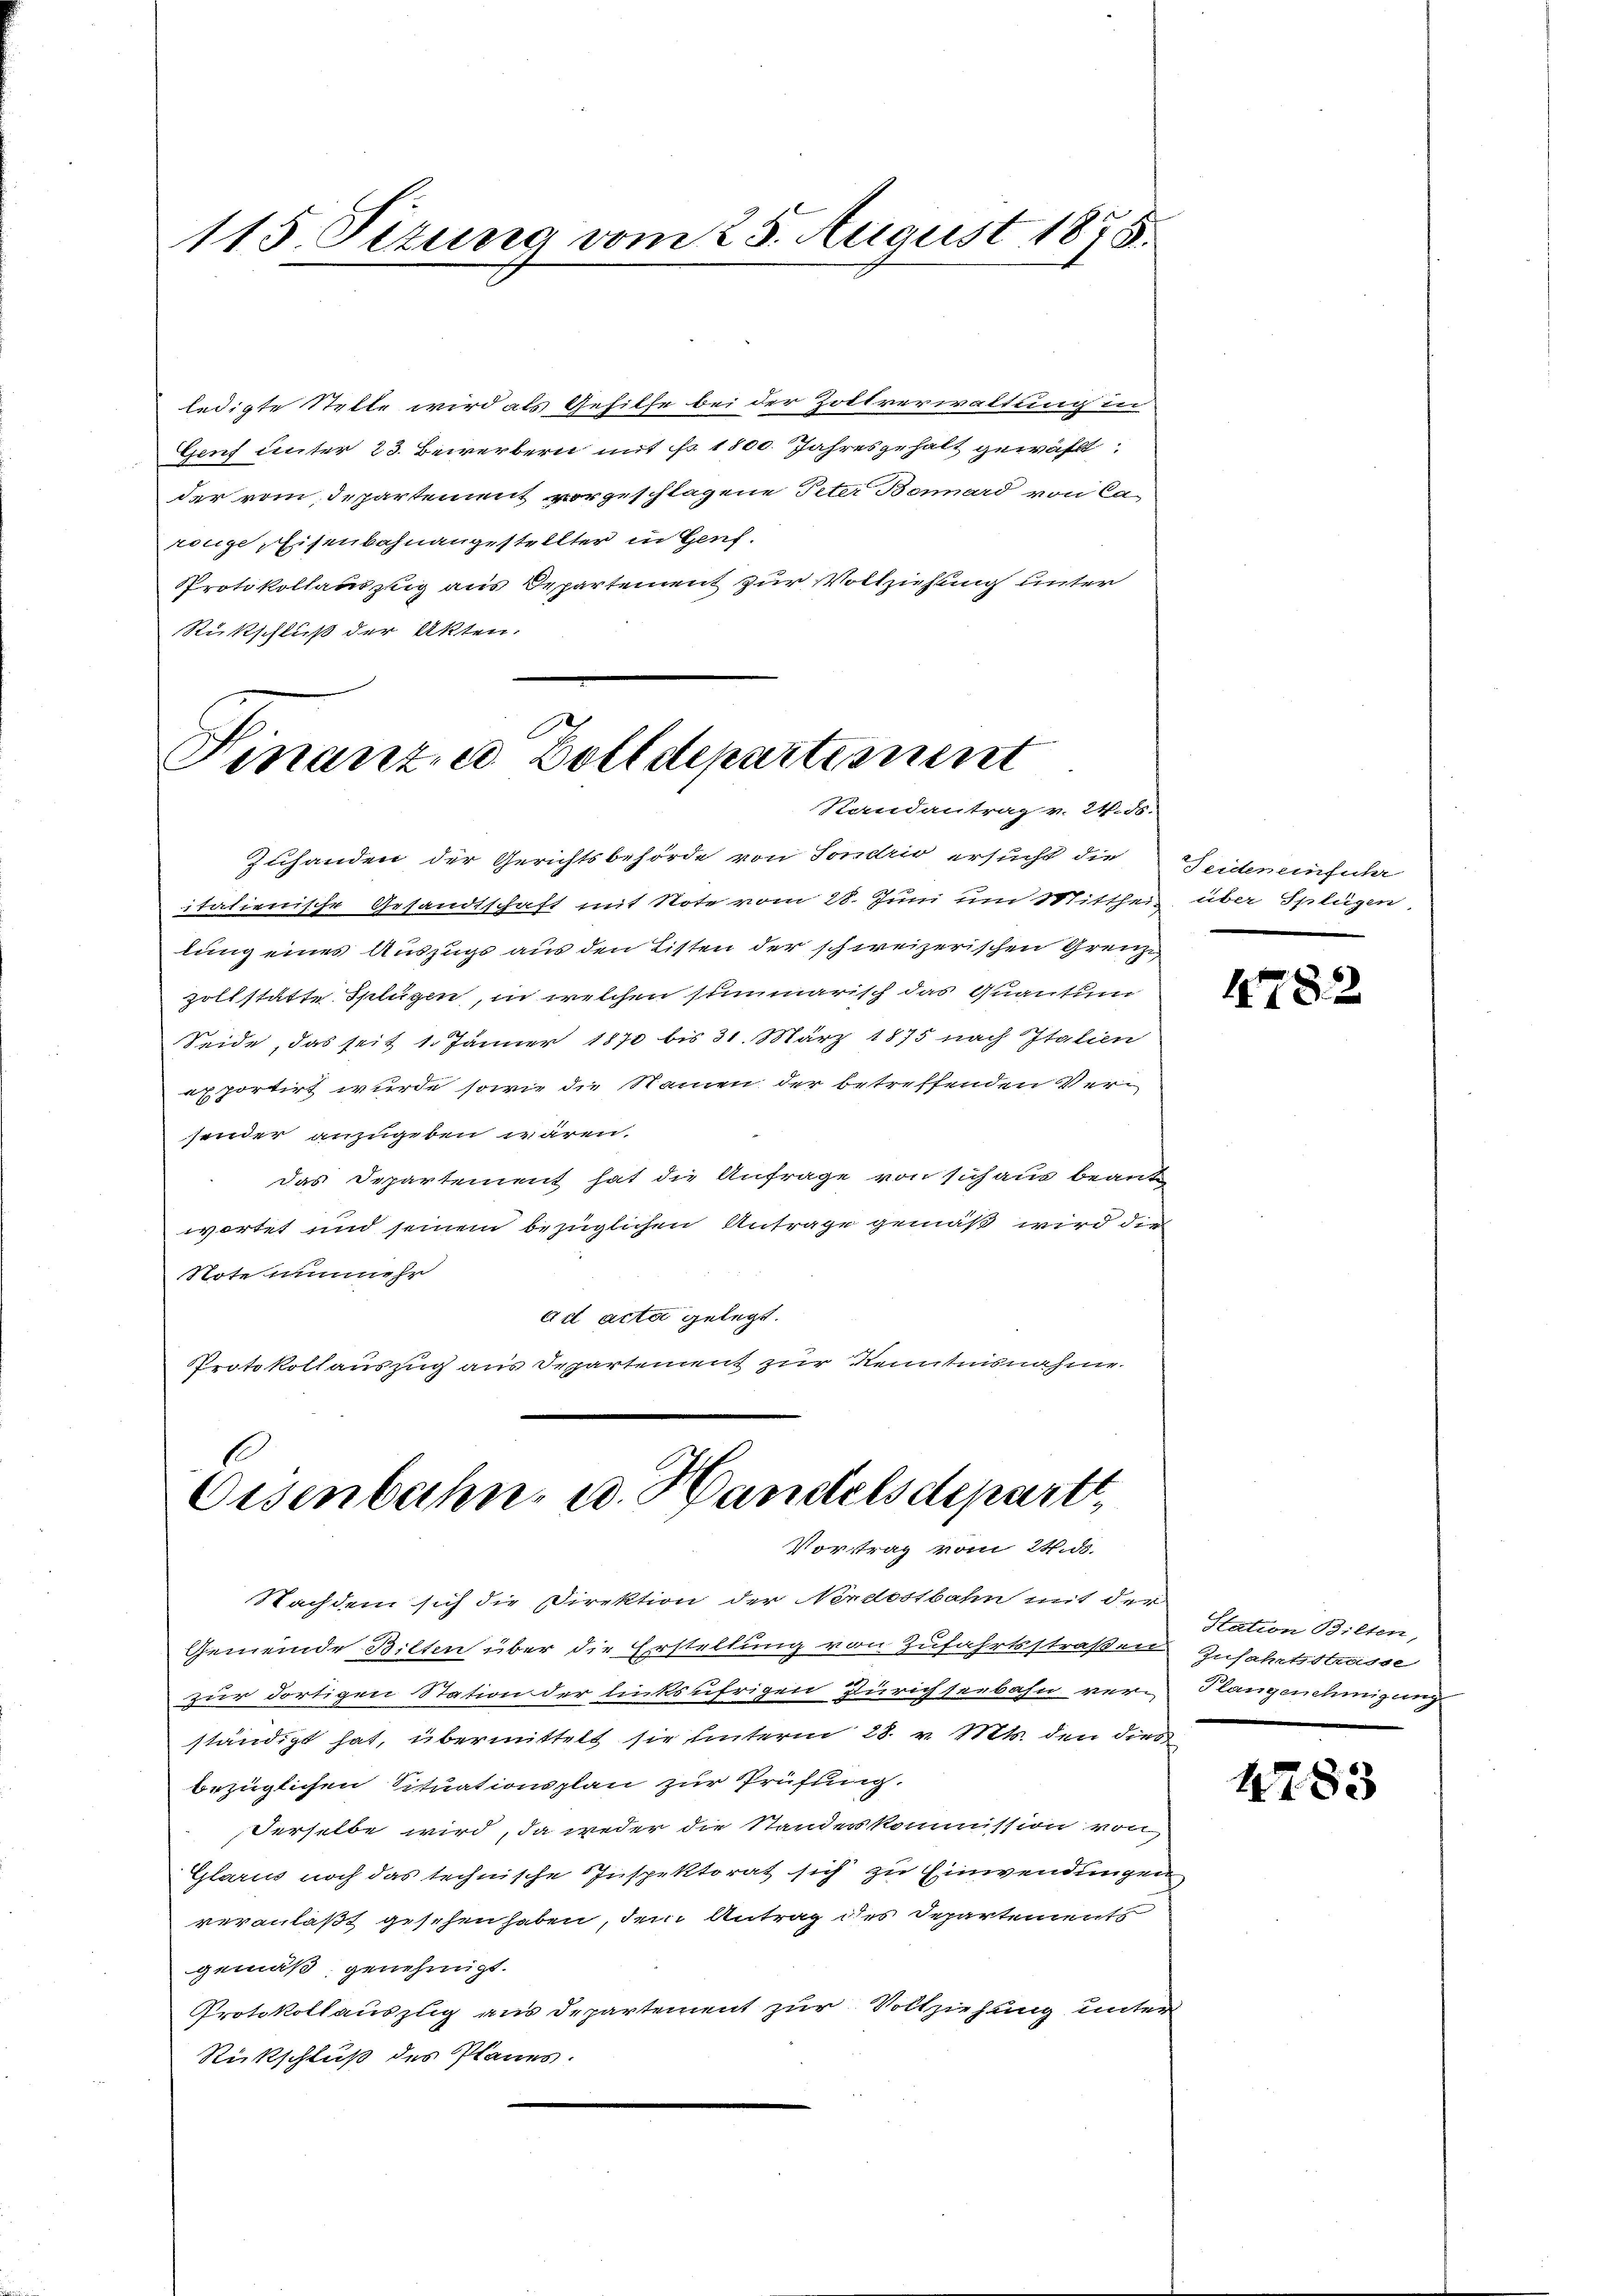
115 Sizung vom 25. August 1875.

ledigte Stelle wird als Gehilfe bei der Zoltverwaltung in
Gruf unter 23. Bewerbern mit No. 1800. Jahresgehalt gewählt
der vom Departement vorgeschlagene Peter Benard von Carouge, Eisenbahnangestellter in Genf.
Protokollauszug aus Departement zur Vollziehung unter
Rückschluß der Akten.

Finanze Zolldepartiment
Randantrag v. 24. ds.

Eisenbahn, u. Handelsdepartt
Vorstrag vom 22. ds.

Zuhanden der Gerichtsbehörde von Sondrio ersucht die
itationische Gesandtschaft mit Note vom 28. Juni um 11 litthei-
lung eines Auszugs aus den Listen der schweizerischen Grenze
zollstätte Splügen, in welchen summarisch das Quantum
Seide, das seit 1. Jänner 1870 bis 31. März 1875 nach Italien
apportirt wurde sowie die Namen der betreffenden Versonder anzugeben wären.
das Departement hat die Anfrage von sich aus beantwortet und seinem bezüglichen Antrage gemäß wird die
Note unmehr
ad acta gelegt.
Protokollauszug aus Departement zur Kenntnisnahme

Nachdem sich die Direktion der Nordostbahn mit der
Gemeinde Bilten über die Erstellung von Zufahrtsstraßen Zufahrtsstrasse
zur dortigen Station der linksufrigen Zürichseebahn verständigt hat, übermittelt sie unterm 28. v. Mts. den dies
bezüglichen Situationsplan zur Prüfung.
derselbe wird, da weder die Standeskommission von
Glarus noch das technische Inspektorat sich zu Einwendungen
veranlaßt gesehen haben, dem Antrag des Departements
gemäß genehmigt.
Protokollauszug aus Departement zur Vollziehung unter
Rückschluß des Planes.

Feiden einführ
über Splügen,

4782

Station Bilten,
Plangenehmigung

4783